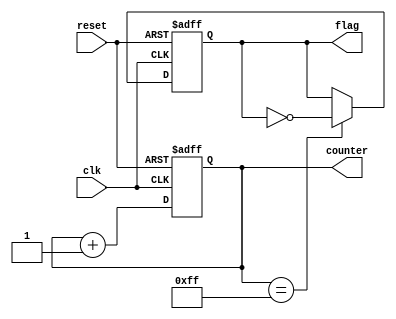
module ClockCycleInitialization (
    input wire clk,         // Clock signal
    input wire reset,       // Reset signal
    output reg [7:0] counter, // Example internal state variable (counter)
    output reg flag         // Example internal state variable (flag)
);

// Initial block to set default values
initial begin
    counter = 8'b00000000; // Initialize counter to 0
    flag = 1'b0;           // Initialize flag to 0
end

// Always block for synchronous logic
always @(posedge clk or posedge reset) begin
    if (reset) begin
        // Reset condition: Initialize internal states
        counter <= 8'b00000000; // Reset counter to 0
        flag <= 1'b0;           // Reset flag to 0
    end else begin
        // Normal operation: Update internal states
        counter <= counter + 1; // Increment counter on each clock cycle
        // Additional operations can be added here
        // Example: flag toggling based on counter value
        if (counter == 8'b11111111) begin
            flag <= ~flag; // Toggle flag when counter reaches max value
        end
    end
end

endmodule